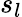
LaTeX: s_{l}